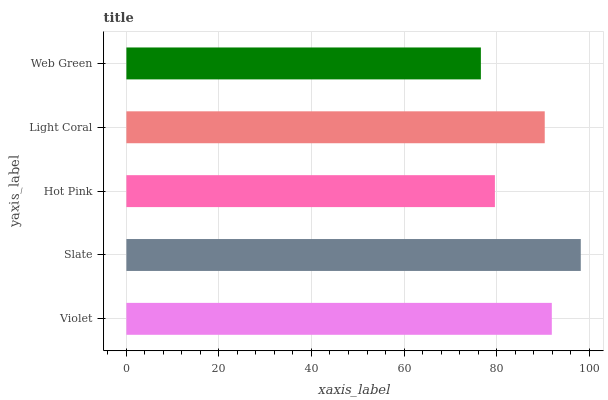
| yaxis_label | bars |
 | --- | --- |
 | Violet | 91.9 |
 | Slate | 98.2 |
 | Hot Pink | 79.6 |
 | Light Coral | 90.4 |
 | Web Green | 76.6 |